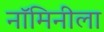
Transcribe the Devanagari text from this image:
नॉमिनीला